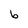
Character: b